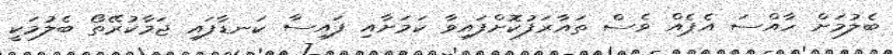
ބެލުމަށް ހާއްސަ އެޕެއް ވެސް ތައާރަފުކޮށްފައިވާ ކަމަށާއި ފައިސާ ކަނޑާފައި ޖަމާކުރޭތޯ ބެލުމަކީ